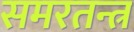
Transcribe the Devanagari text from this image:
समरतन्त्र